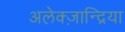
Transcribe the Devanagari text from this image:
अलेक्ज़ान्द्रिया